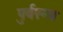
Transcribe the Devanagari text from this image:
पुर्वरूप